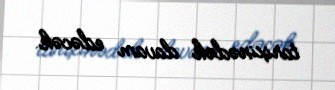
tarixinədək davam edəcək.